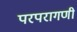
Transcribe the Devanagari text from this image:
परपरागणी